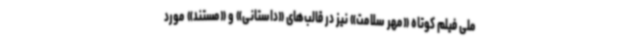
ملی فیلم کوتاه «مهر سلامت» نیز در قالب‌های «داستانی» و «مستند» مورد